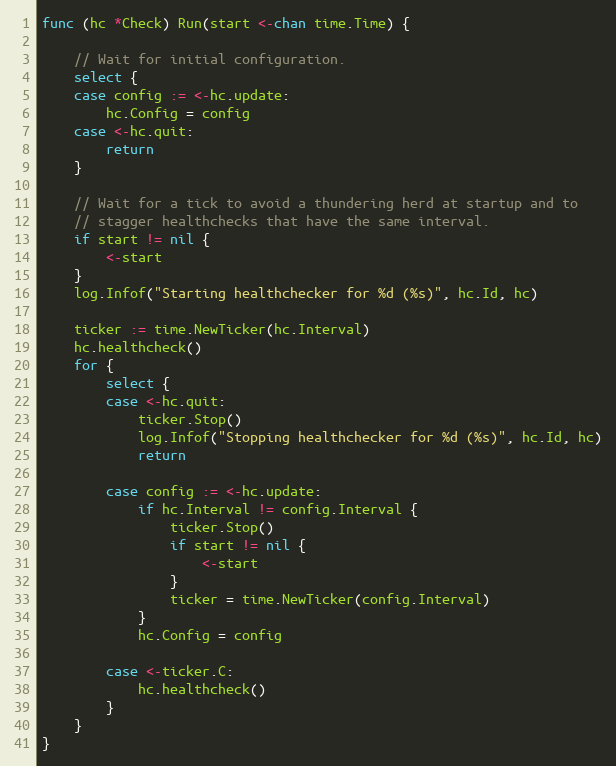
Language: Go
func (hc *Check) Run(start <-chan time.Time) {

	// Wait for initial configuration.
	select {
	case config := <-hc.update:
		hc.Config = config
	case <-hc.quit:
		return
	}

	// Wait for a tick to avoid a thundering herd at startup and to
	// stagger healthchecks that have the same interval.
	if start != nil {
		<-start
	}
	log.Infof("Starting healthchecker for %d (%s)", hc.Id, hc)

	ticker := time.NewTicker(hc.Interval)
	hc.healthcheck()
	for {
		select {
		case <-hc.quit:
			ticker.Stop()
			log.Infof("Stopping healthchecker for %d (%s)", hc.Id, hc)
			return

		case config := <-hc.update:
			if hc.Interval != config.Interval {
				ticker.Stop()
				if start != nil {
					<-start
				}
				ticker = time.NewTicker(config.Interval)
			}
			hc.Config = config

		case <-ticker.C:
			hc.healthcheck()
		}
	}
}